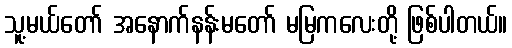
သူ့မယ်တော် အနောက်နန်းမတော် မမြကလေးတို့ ဖြစ်ပါတယ်။